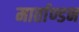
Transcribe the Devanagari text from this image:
मार्ताण्डन